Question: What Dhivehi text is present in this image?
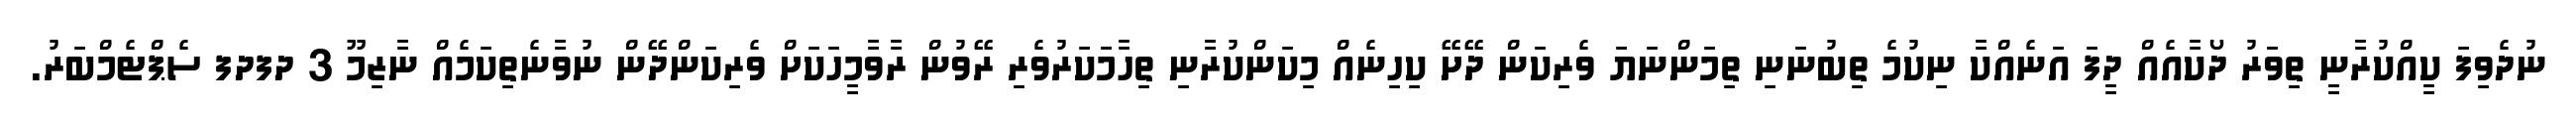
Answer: ނުދެވިފަ ކީއްކުރާނީ ތިވަރު ދޯކާއެއް ދީފަ އަނެއްކާ ނިކުމެ ތިބުނަނި ތިމަންނަޔަ ވެރިކަން ދޭށޭ ކިހިނެއް މިކަންކުރާނި ތިހާމަކަރުވެރި ރޭވުން ރާވާމީހަކަށް ވެރިކަންދޭން ނުވާނެތިކަމެއް ނާޒިމޫ 3 ދފދފ ސެޕްޓެމްބަރު.